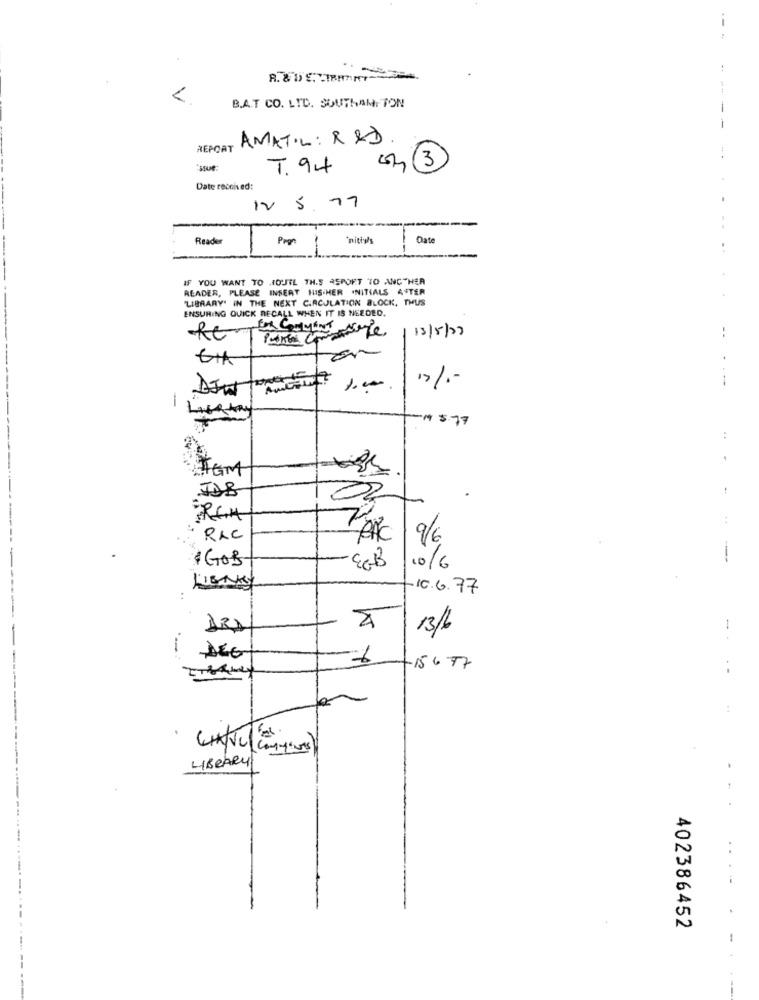
1
<
B.A.T CO. LTD. SOUTHAMPTON
-
AMATIL : R &D
REPORT
T.94
Date received:
12 5.77
Reader
nitiy's
Date
Pron
IF YOU WANT TO HOUTL TH.S ASPORT TO ANOTHER
4
READER, PLEASE INSERT HIS/HER INITIALS AFTER
"LIBRARY' IN THE NEXT CIRCULATION BLOCK, THUS
ENSURING QUICK RECALL WHEN IT IS NEEDED.
FOR Comment
13/5/23
--
DIW
1.00
-
1 5.77
---
:
1
AGM
02
RGH
RAC
9/6
$ GOB
ECB
--
10/6
LIGAKS
10.6.77
M
DRA
-
13/6
-
DEG
-15677
..
LIBRARY
402386452